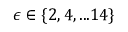
\epsilon \in \{ 2 , 4 , . . . 1 4 \}